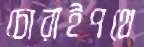
চোরাইপথে